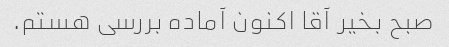
صبح بخیر آقا اکنون آماده بررسی هستم.